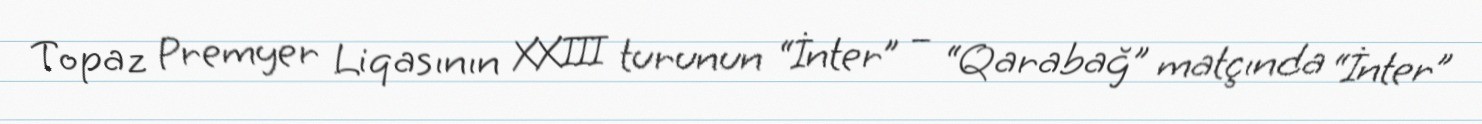
Topaz Premyer Liqasının XXIII turunun “İnter” – “Qarabağ” matçında “İnter”